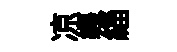
凉纒緇